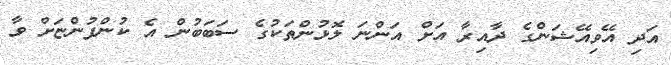
އަދި އޭވިއޭޝަންގެ ދާއިރާ އަށް އަންނަ ލޮޅުންތަކުގެ ސަބަބުން އެ ކުންފުންޏަށް ވާ